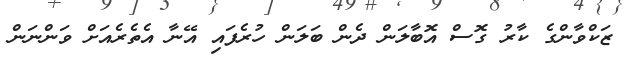
ޒަކްވާންގެ ކާރު ގޮސް އޮބާލަން ދެން ބަލަން ހުރެފައި އޭނާ އެތެރެއަށް ވަންނަން